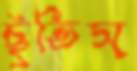
ছুঁতিস